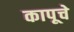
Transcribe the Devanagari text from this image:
कापूचे